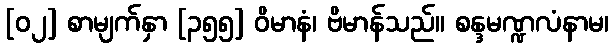
[၀၂] စာမျက်နှာ [၃၅၅] ဝိမာနံ၊ ဗိမာန်သည်။ စန္ဒမဏ္ဍလံနာမ၊